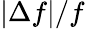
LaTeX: |\Delta f|/f